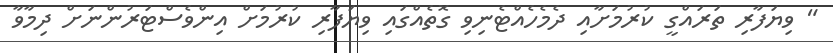
" ވިޔަފާރި ތަރައްގީ ކުރުމަށާއި ދެމެހެއްޓެނިވި ގޮތެއްގައި ވިޔަފާރި ކުރުމަށް އިންވެސްޓަރުންނަށް ދިމާވާ